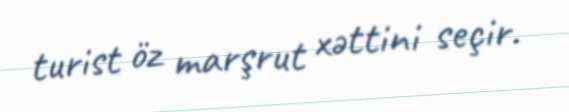
turist öz marşrut xəttini seçir.